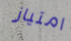
امتياز